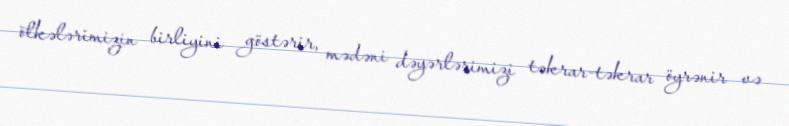
ölkələrimizin birliyini göstərir, mədəni dəyərlərimizi təkrar-təkrar öyrənir və